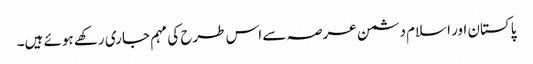
پاکستان اور اسلام دشمن عرصہ سے اس طرح کی مہم جاری رکھے ہوئے ہیں۔